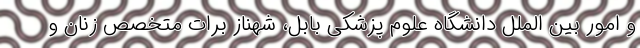
و امور بین الملل دانشگاه علوم پزشکی بابل، شهناز برات متخصص زنان و